Annual report on the Civil Veterinary Department, Burma (including the Insein Veterinary School) - 1923-1931
Year: 1923
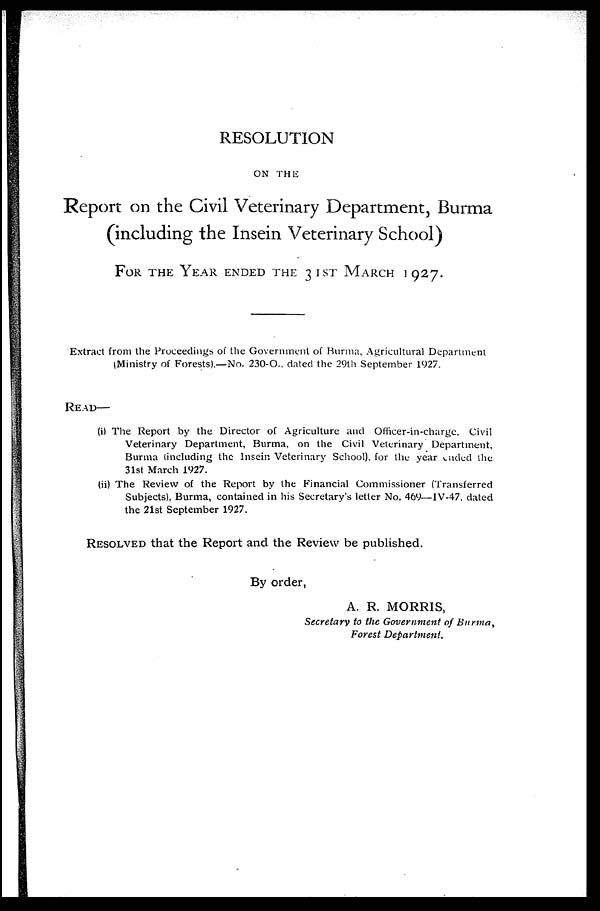
RESOLUTION
ON THE
Report on the Civil Veterinary Department, Burma
(including the Insein Veterinary School)
FOR THE YEAR ENDED THE 31ST MARCH 1927.
Extract from the Proceedings of the Government of Burma, Agricultural Department
(Ministry of Forests).—No. 230-O. dated the 29th September 1927.
READ—
(i) The Report by the Director of Agriculture and Officer-in-charge, Civil
Veterinary Department, Burma, on the Civil Veterinary Department,
Burma (including the Insein Veterinary School), for the year ended the
31st March 1927.
(ii) The Review of the Report by the Financial Commissioner (Transferred
Subjects), Burma, contained in his Secretary's letter No. 469—IV-47. dated
the 21st September 1927.
RESOLVED that the Report and the Review be published.
By order,
A. R. MORRIS,
Secretary to the Government of Burma,
Forest Department.